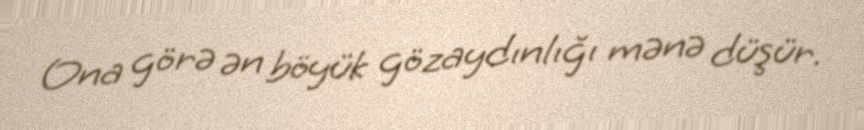
Ona görə ən böyük gözaydınlığı mənə düşür.